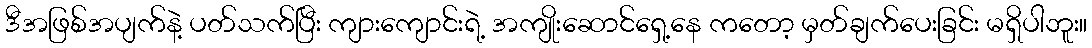
ဒီအဖြစ်အပျက်နဲ့ ပတ်သက်ပြီး ကျားကျောင်းရဲ့ အကျိုးဆောင်ရှေ့နေ ကတော့ မှတ်ချက်ပေးခြင်း မရှိပါဘူး။